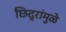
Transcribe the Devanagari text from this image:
छिद्रांमुळे